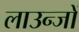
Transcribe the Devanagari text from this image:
लाउन्जों